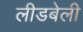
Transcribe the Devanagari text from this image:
लीडबेली